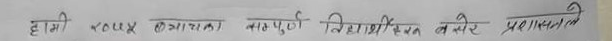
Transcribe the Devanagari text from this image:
हामी २०७५ सालका बाह्युी विधार्थीहरुको लागि प्रमाणपत्र